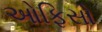
ઓફિસો